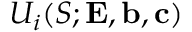
U _ { i } ( S ; { \mathbf { E } } , { \mathbf { b } } , { \mathbf { c } } )